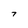
Character: T